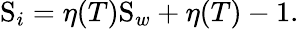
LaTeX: \mathrm{S}_{i}=\eta(T)\mathrm{S}_{w}+\eta(T)-1.